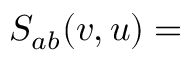
S _ { a b } ( v , u ) =